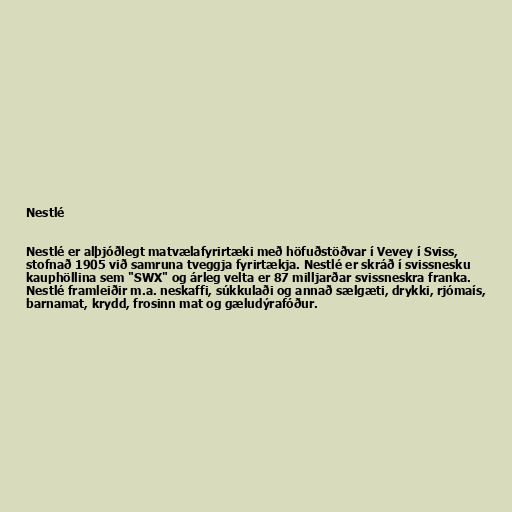
Nestlé

Nestlé er alþjóðlegt matvælafyrirtæki með höfuðstöðvar í Vevey í Sviss,
stofnað 1905 við samruna tveggja fyrirtækja. Nestlé er skráð í svissnesku
kauphöllina sem "SWX" og árleg velta er 87 milljarðar svissneskra franka.
Nestlé framleiðir m.a. neskaffi, súkkulaði og annað sælgæti, drykki, rjómaís,
barnamat, krydd, frosinn mat og gæludýrafóður.